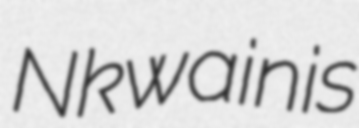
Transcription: Nkwain is